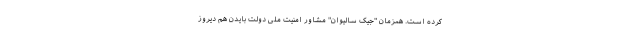
کرده است. همزمان "جیک سالیوان" مشاور امنیت ملی دولت بایدن هم دیروز